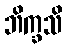
ဘိက္ခသိ